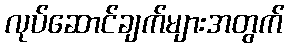
လုပ်ဆောင်ချက်များအတွက်